Insane asylums in Bengal annual reports 1876-1887 - 1876-1887
Year: 1876
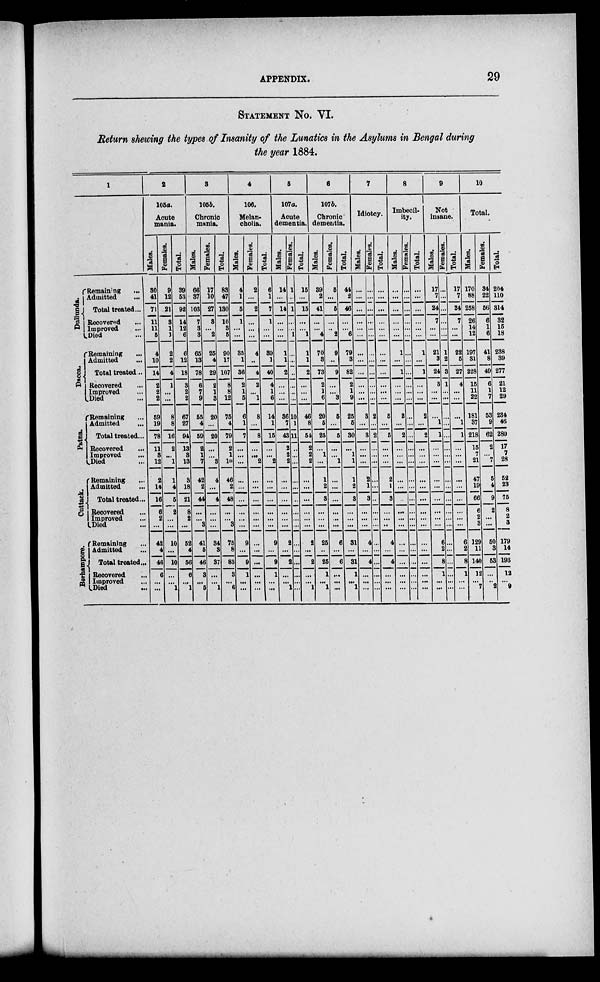
APPENDIX.
29
STATEMENT No. VI.
Return showing the types of Insanity of the Lunatics in the Asylums in Bengal during
the year 1884.
1
Dullunda.
DACCA.
Patna
Cuttack.
Berhampore.
Remaining
...
Admitted ...
Total treated...
Recovered ...
Improved ...
Died ...
Remaining ...
Admitted ...
Total treated ...
Recovered ...
Improved ...
Died ...
Remaining ...
Admitted
...
Total treated ...
Recovered
...
Improved ...
Died ...
Remaining
...
Admitted ...
Total treated ...
Recovered ...
Improved ...
Died ...
Remaining ...
Admitted ...
Total treated...
Recovered ...
Improved ...
Died ...
2
105a.
Acute
mania.
Males.
30
41
71
11
11
5
4
10
14
2
2
2
59
19
78
11
3
12
2
14
16
6
2
...
42
4
46
6
...
...
Females.
9
12
21
3
1
...
2
2
4
1
...
...
8
8
16
2
...
1
1
4
5
2
...
...
10
...
10
...
...
1
Total.
39
53
92
14
12
5
6
12
18
3
2
2
67
27
94
13
3
13
3
18
21
8
2
...
52
4
56
6
...
1
3
105b.
Chronic
mania.
Males.
66
37
103
7
3
3
65
13
78
6
7
9
55
4
59
2
1
7
42
2
44
...
...
3
41
5
46
3
5
Females.
17
10
27
3
...
2
25
4
29
2
1
3
20
...
20
...
...
3
4
...
4
...
...
...
34
3
37
...
...
1
Total.
83
47
130
10
3
5
90
17
107
8
8
12
75
4
79
2
1
10
46
2
48
...
...
3
75
8
83
3
...
6
4
106.
Melan-
cholia.
Males.
4
1
5
1
...
...
35
1
36
2
1
5
6
1
7
...
...
...
...
...
...
...
...
...
9
...
9
1
...
...
Females.
2
...
2
...
...
...
4
...
4
2
...
1
8
...
8
...
...
2
...
...
...
...
...
...
...
...
...
...
...
...
Total.
6
1
7
1
...
...
39
1
40
4
1
6
14
1
15
...
...
2
...
...
...
...
...
...
9
...
9
1
...
...
5
107b.
Acute
dementia.
Mal es .
14
14
...
...
...
1
1
2
...
...
...
36
7
43
2
2
2
...
...
...
...
...
...
2
...
2
...
...
1
Femal es .
1
...
1
...
...
1
...
...
...
...
...
...
10
1
11
...
...
...
...
...
...
...
...
...
...
...
...
...
...
...
Total.
15
...
15
...
...
1
1
1
2
...
...
...
46
8
54
2
2
2
...
...
...
...
...
...
2
...
2
...
...
1
6
107b.
Chronic
dementia.
Males.
39
2
41
...
...
4
70
3
73
2
1
6
20
5
25
...
1
...
1
2
3
...
...
...
25
..
25
1
...
1
Females.
5
...
5
...
...
2
9
...
9
...
...
3
5
...
5
...
...
1
...
...
...
...
...
...
6
...
6
...
...
...
Total.
44
2
46
...
...
6
79
3
82
2
1
9
25
5
30
...
1
1
1
2
3
...
...
...
31
...
31
1
...
1
7
Idiotcy.
Males.
...
...
...
...
...
...
...
...
3
...
3
...
...
...
2
1
3
...
...
...
...
...
...
...
...
...
Femal es .
...
...
...
...
...
...
...
...
...
...
...
...
2
...
2
...
...
...
...
...
...
...
...
...
4
...
4
...
...
...
Total.
...
...
...
...
...
...
...
...
...
...
...
...
5
....
5
...
...
...
2
1
3
...
...
...
4
...
4
...
...
...
8
Imbecil-
ity.
Mal es .
...
...
...
...
1
...
1
...
...
2
...
2
...
...
...
...
...
...
...
...
...
...
..
...
...
...
...
Femal es .
...
...
...
...
...
...
...
...
...
...
...
...
...
...
...
...
...
...
...
...
...
...
...
...
...
...
...
...
...
...
Total.
...
...
...
...
...
...
1
...
1
...
...
...
2
...
2
...
...
...
...
...
...
...
...
...
...
...
...
...
9
Not
insane.
Mal es .
17
7
24
7
...
21
3
24
3
...
...
1
1
...
...
...
...
...
...
...
...
...
6
2
8
1
...
...
Femal es .
...
..
..
...
...
...
1
2
3
1
...
...
...
...
...
...
...
...
...
...
...
...
...
...
...
...
...
...
...
Total.
17
7
24
7
...
...
22
5
27
4
...
...
...
1
1
...
...
...
...
...
...
6
2
8
1
...
...
10
Total.
Males.
170
88
258
26
14
12
197
31
228
15
11
22
181
37
218
15
7
21
47
19
66
6
2
3
129
11
140
12
...
7
Females.
34
22
56
6
1
6
41
8
49
6
1
7
53
9
62
2
...
7
5
4
9
2
...
...
50
3
53
...
...
2
Total.
204
110
314
32
15
18
238
39
277
21
12
29
234
46
280
17
7
28
52
23
75
8
2
3
179
14
193
12
9